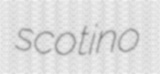
scotino